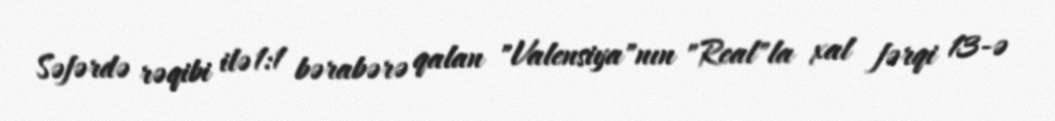
Səfərdə rəqibi ilə 1:1 bərabərə qalan "Valensiya"nın "Real"la xal fərqi 13-ə